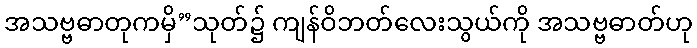
အသဗ္ဗဓာတုကမှိ”သုတ်၌ ကျန်ဝိဘတ်လေးသွယ်ကို အသဗ္ဗဓာတ်ဟု